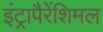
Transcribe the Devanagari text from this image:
इंट्रापैरेंशिमल